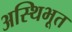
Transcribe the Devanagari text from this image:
अस्थिभूत